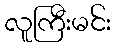
လူကြီးမင်း